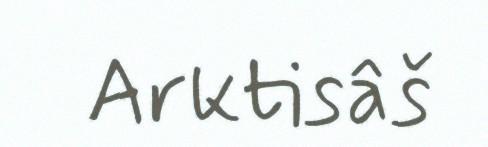
Arktisâš